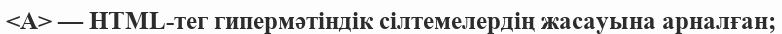
<A> — HTML-тег гипермәтіндік сілтемелердің жасауына арналған;